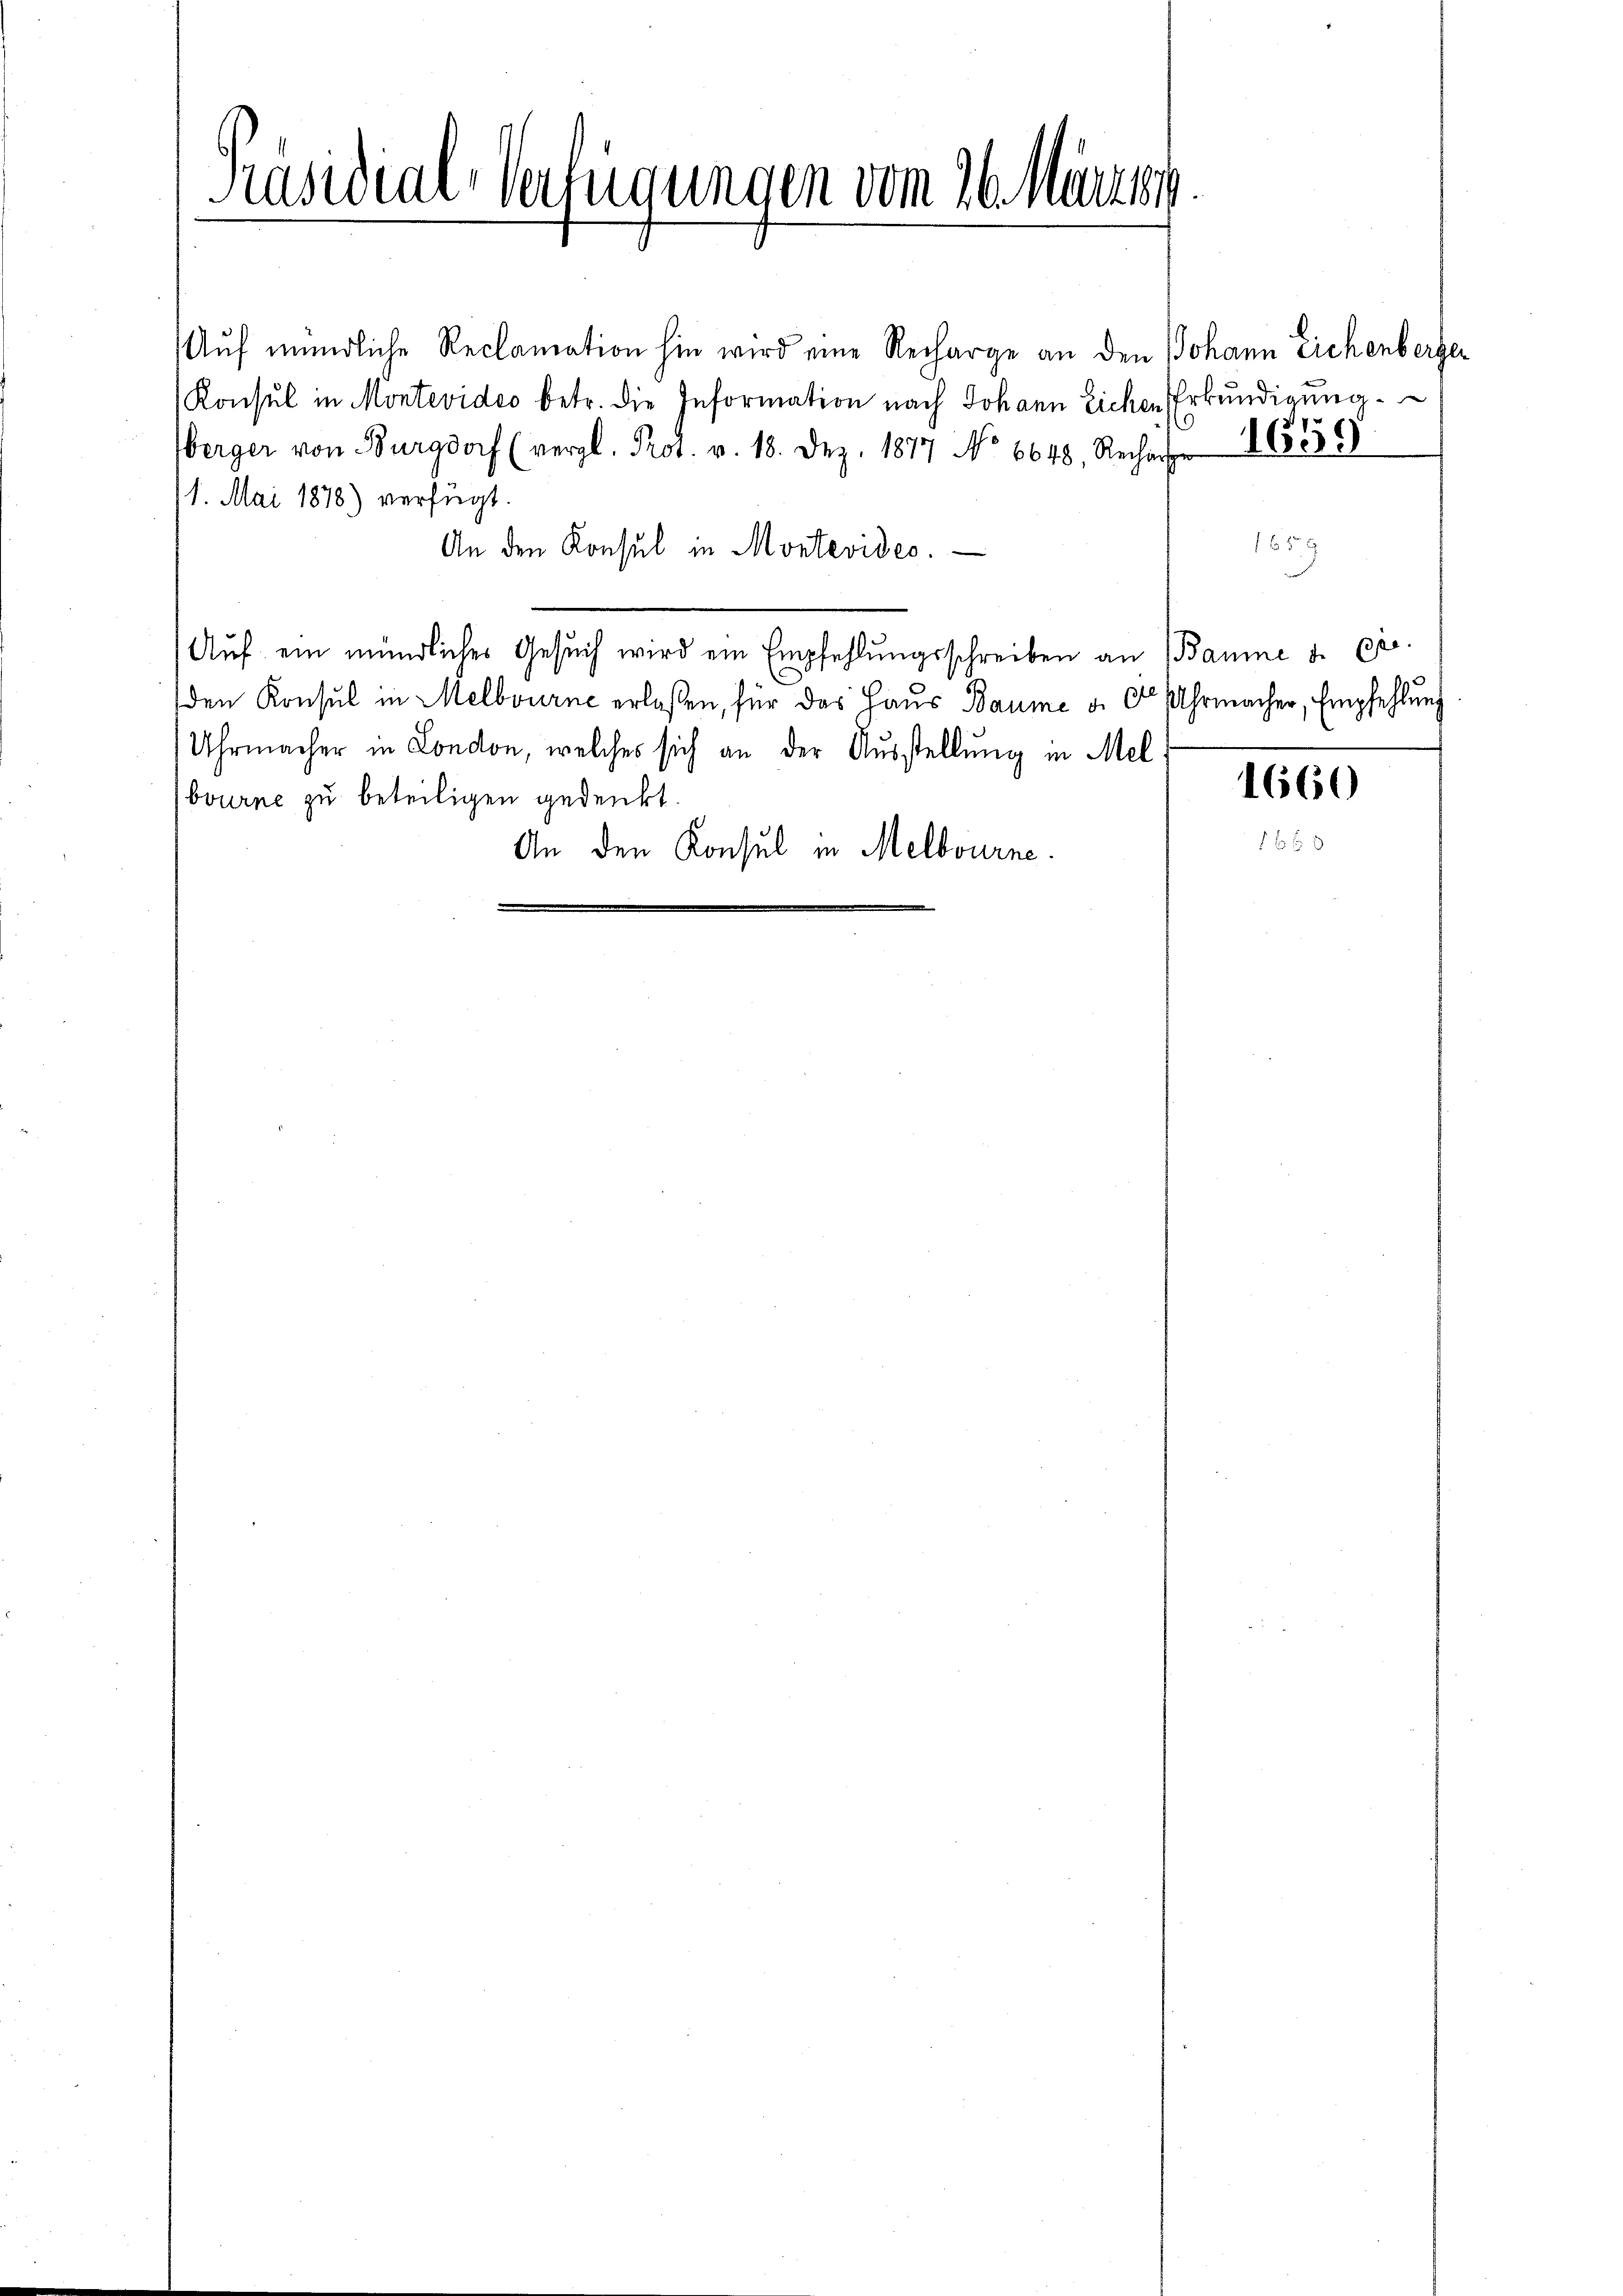
Präsidial-Verfügungen vom 26. Märzten.

Auf mündliche Reclamation hin wird eine Recharge an den Johann Eichenberger
Konsul in Montevideo betr. die Information nach Johann Eichen Erkŭndigung
berger von Burgdorf (vergl. Prot. v. 18. Dez. 1877 No 6648. Rechart 16536)
11. Mai 1878) verfügt.
An den Konsul in Montevides.
Aŭf ein mündliches Gesŭch wird ein Empfehlŭngsschreiben an Baume u. pr.
den Konsul in Melbourne erlassen, für das Haus Baume a. O. Uhrmacher, Empfehlung
Uhrmacher in London, welches sich an der Ausstellung in Mel
bourne zu beteiligen gedenkt.
An den Konsul in Melbourne

1

1859

1660